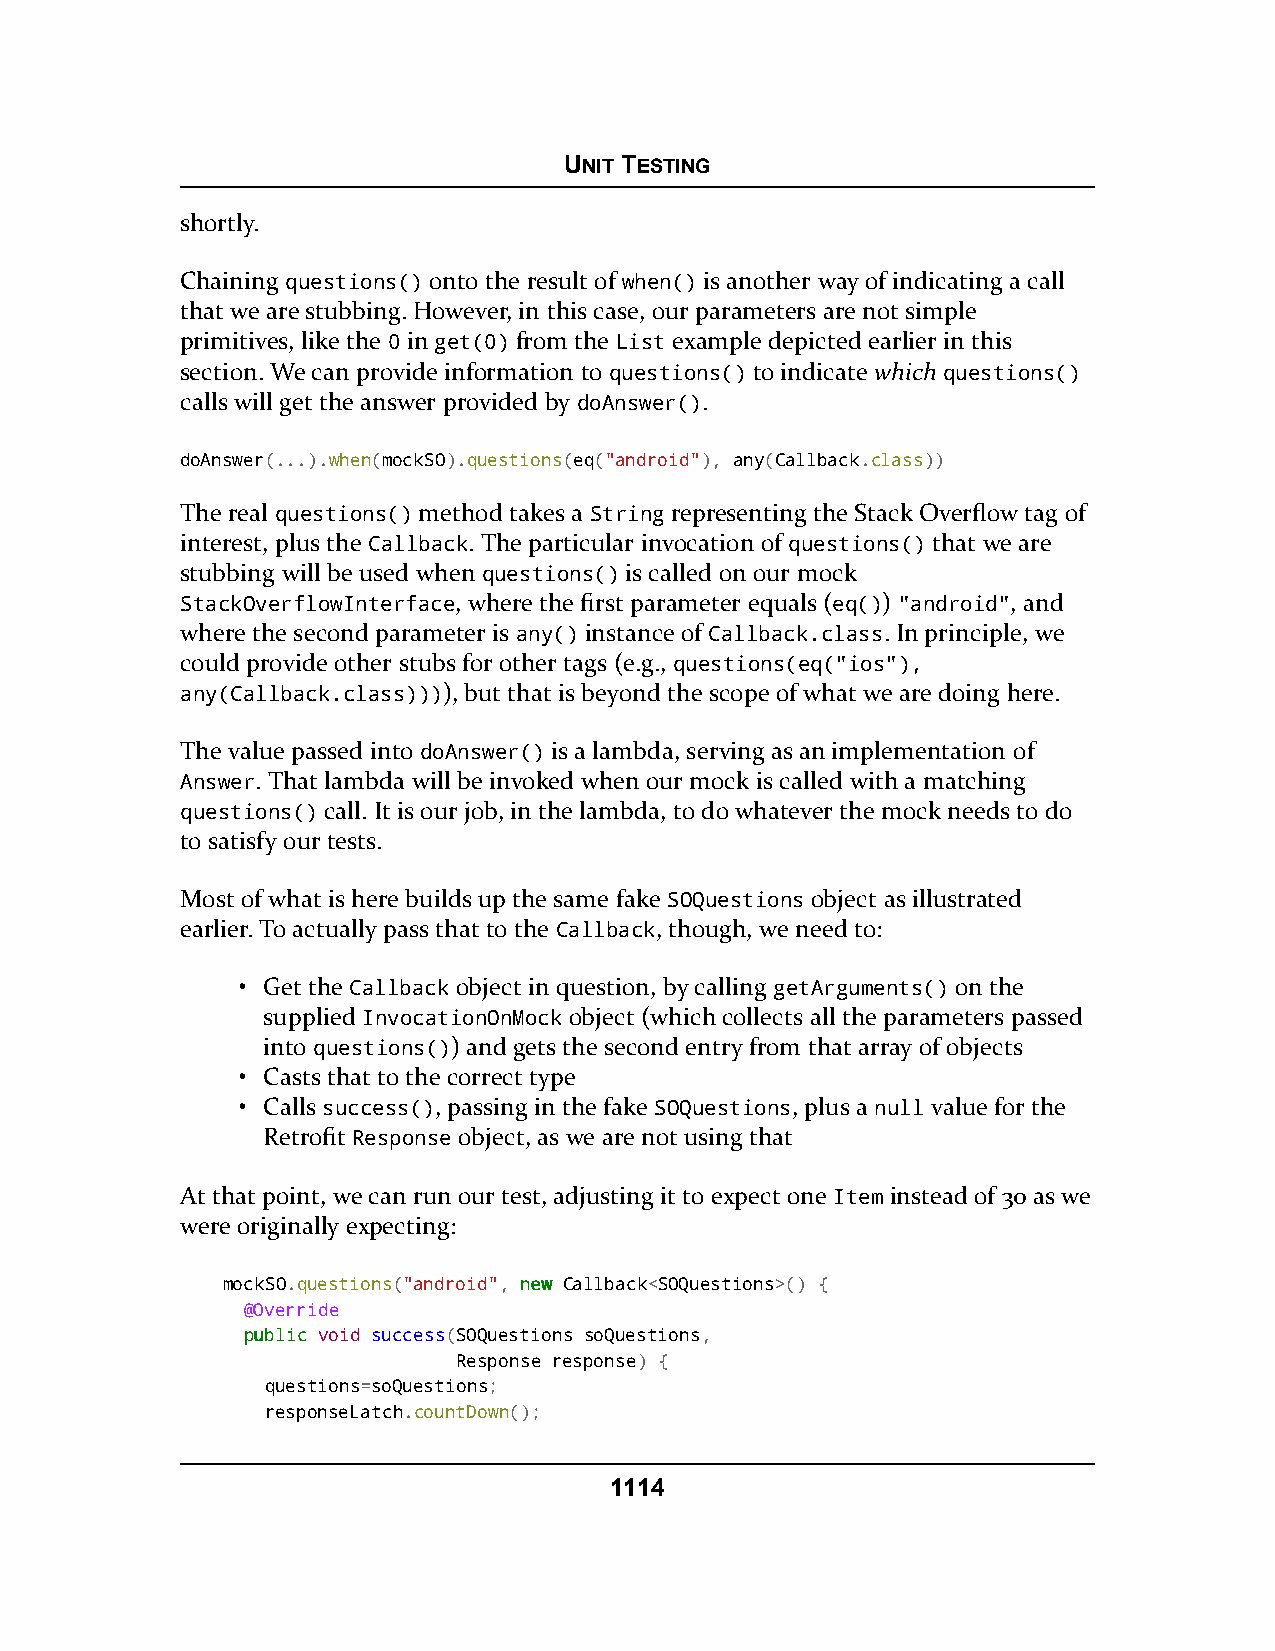
UNIT TESTING
 shortly.
 Chaining questions() onto the result of when() is another way of indicating a call
 that we are stubbing. However, in this case, our parameters are not simple
 primitives, like the 0 in get(0) from the List example depicted earlier in this
 section. We can provide information to questions() to indicate which questions()
 calls will get the answer provided by doAnswer().
 doAnswer(...).when(mockSO).questions(eq("android"), any(Callback.class))
 The real questions() method takes a String representing the Stack Overflow tag of
 interest, plus the Callback. The particular invocation of questions() that we are
 stubbing will be used when questions() is called on our mock
 StackOverflowInterface, where the first parameter equals (eq()) "android", and
 where the second parameter is any() instance of Callback.class. In principle, we
 could provide other stubs for other tags (e.g., questions(eq("ios"),
 any(Callback.class)))), but that is beyond the scope of what we are doing here.
 The value passed into doAnswer() is a lambda, serving as an implementation of
 Answer. That lambda will be invoked when our mock is called with a matching
 questions() call. It is our job, in the lambda, to do whatever the mock needs to do
 to satisfy our tests.
 Most of what is here builds up the same fake SOQuestions object as illustrated
 earlier. To actually pass that to the Callback, though, we need to:
 • Get the Callback object in question, by calling getArguments() on the
 supplied InvocationOnMock object (which collects all the parameters passed
 into questions()) and gets the second entry from that array of objects
 • Casts that to the correct type
 • Calls success(), passing in the fake SOQuestions, plus a null value for the
 Retrofit Response object, as we are not using that
 At that point, we can run our test, adjusting it to expect one Item instead of 30 as we
 were originally expecting:
 mockSO.questions("android", nneeww Callback<SOQuestions>() {
 @Override
 ppuubblliicc void success(SOQuestions soQuestions,
 Response response) {
 questions=soQuestions;
 responseLatch.countDown();
 1114